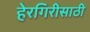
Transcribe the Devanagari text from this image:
हेरगिरीसाठी